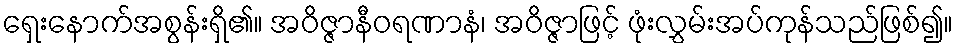
ရှေးနောက်အစွန်းရှိ၏။ အဝိဇ္ဇာနီဝရဏာနံ၊ အဝိဇ္ဇာဖြင့် ဖုံးလွှမ်းအပ်ကုန်သည်ဖြစ်၍။